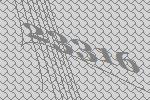
23316